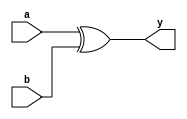
module xor_gate(a,b,y);
input a,b;
output y;
xor(y,a,b);
endmodule